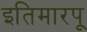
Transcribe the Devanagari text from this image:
इतिमारपू